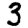
Digit: 3